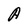
Character: A